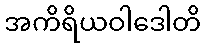
အကိရိယဝါဒေါတိ